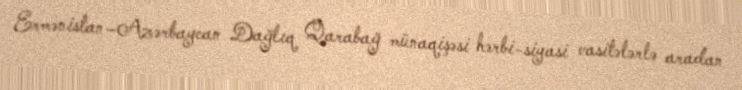
Ermənistan–Azərbaycan Dağlıq Qarabağ münaqişəsi hərbi-siyasi vasitələrlə aradan